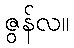
ဇွန်လ။